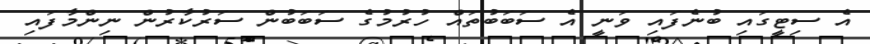
އެ ސިޓީގައި ބުނެފައި ވަނީ އެ ސަބަބުތައް ހުރުމުގެ ސަބަބުން ސަރުކާރުން ނިންމާފައި